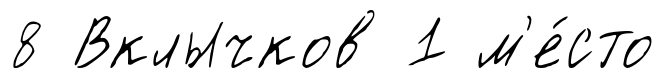
8 Вклычков 1 м'е́сто